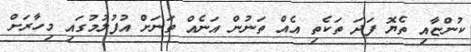
ކުންޏާއި ތެޔޮ ފަދަ ތަކެތި އެއް ތަނުން އަނެއް ތަނަށް އުފުލުމުގައި މިހާރަށް